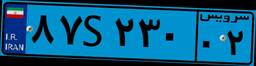
۲۷S۹۳۴۵۶